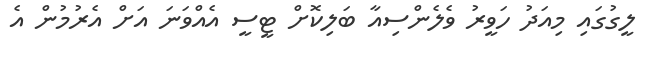
ލީގުގައި މިއަދު ހަވީރު ވެލެންސިއާ ބަލިކޮށް ޓީސީ އެއްވަނަ އަށް އެރުމުން އެ